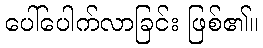
ပေါ်ပေါက်လာခြင်း ဖြစ်၏။